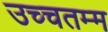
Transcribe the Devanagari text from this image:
उच्चतम्म